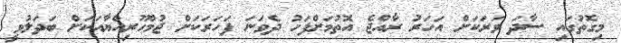
މިގޮތުގައި ސާދަ ވަރަކަށް އަހަރު ރާއްޖެ އޮތުމަށްފަހު ދެވަނަ ފަހަރަކަށް ޖުމްހޫރިއްޔާއަކަށް ބަދަލުވީ